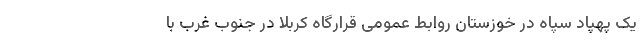
یک پهپاد سپاه در خوزستان روابط عمومی قرارگاه کربلا در جنوب غرب با